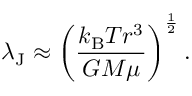
\lambda _ { \mathrm { J } } \approx \left( { \frac { k _ { \mathrm { B } } T r ^ { 3 } } { G M \mu } } \right) ^ { \frac { 1 } { 2 } } .